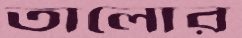
তালোর